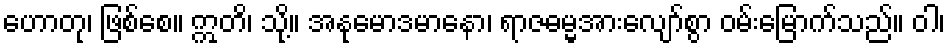
ဟောတု၊ ဖြစ်စေ။ ဣတိ၊ သို့။ အနုမောဒမာနော၊ ရာဇဓမ္မအားလျော်စွာ ဝမ်းမြောက်သည်။ ဝါ၊